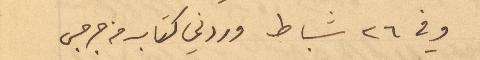
وفي ٢٦ شباط وردني كتاب من جرجس